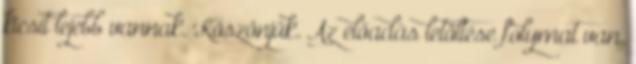
kicsit lejebb vannak. Köszönjük. Az előadás letöltése folymat van.